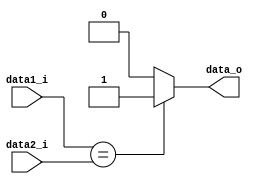
module Equal
(
	data1_i,
	data2_i,
	data_o
);

input	[31:0] 		data1_i,data2_i;
output				data_o;

reg 		r;

assign data_o=r;

always@(data1_i or data2_i)begin
	if(data1_i==data2_i)begin
		r <= 1;
	end
	else begin
		r <= 0;
	end
end

endmodule